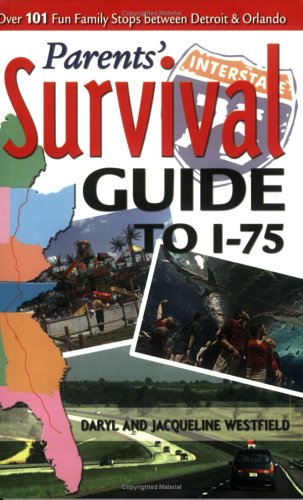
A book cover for Parents' Survival Guide To I-75: Over 101 Fun Family Stops between Detroit & Orlando; Westfield Jacqueline; Travel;